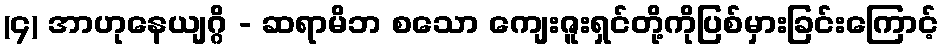
(၄) အာဟုနေယျဂ္ဂိ - ဆရာမိဘ စသော ကျေးဇူးရှင်တို့ကိုပြစ်မှားခြင်းကြောင့်